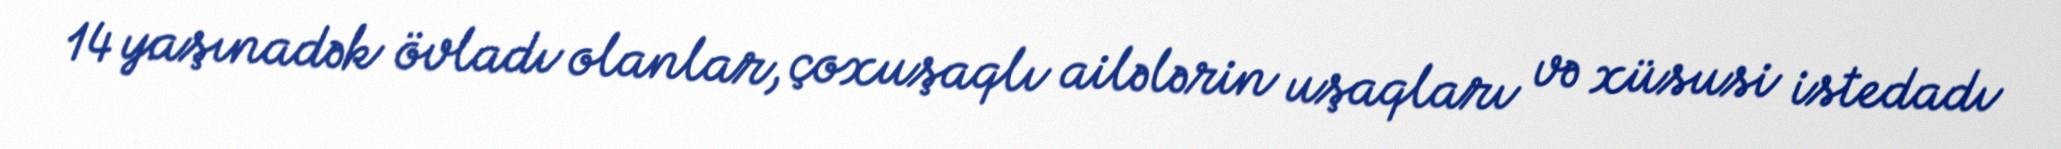
14 yaşınadək övladı olanlar, çoxuşaqlı ailələrin uşaqları və xüsusi istedadı